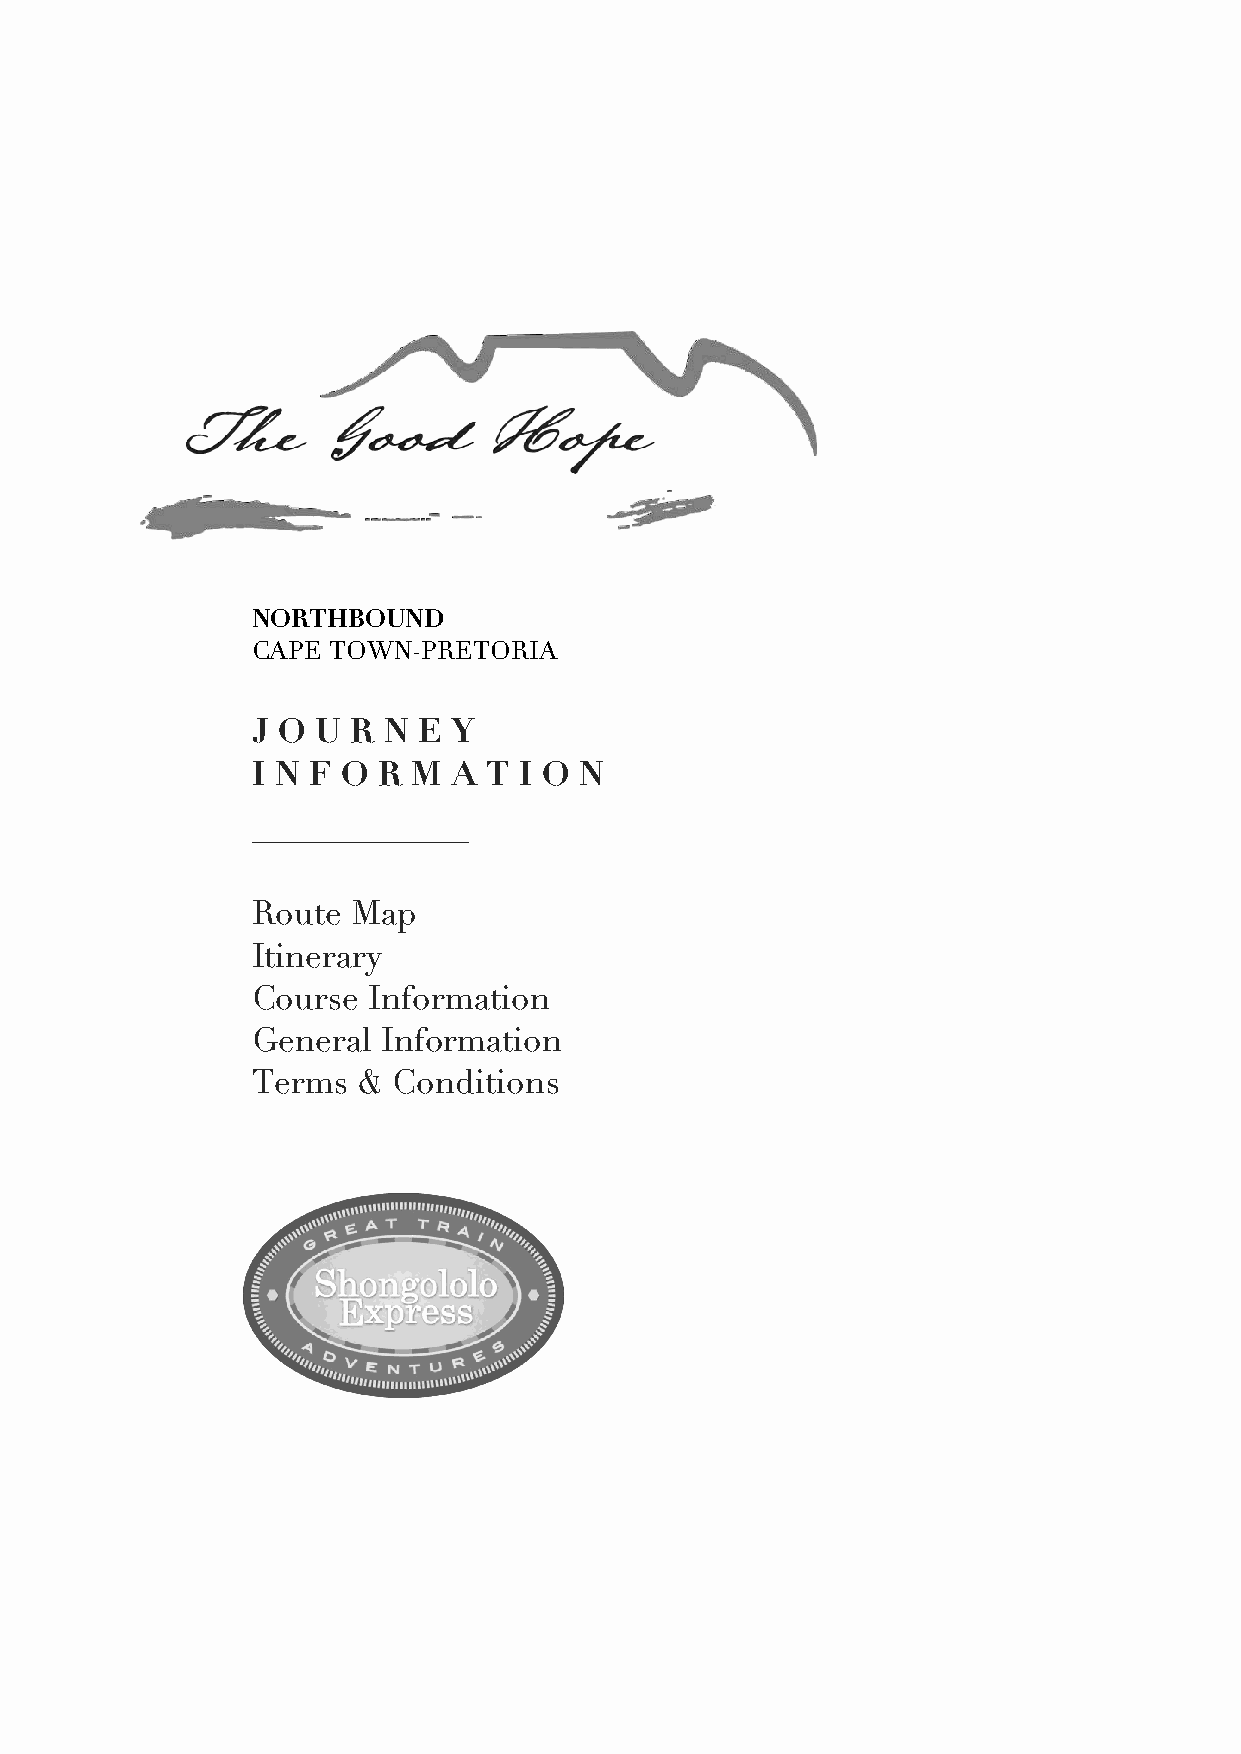
NORTHBOUND
 CAPE TOWN-PRETORIA
 J O U R N  E Y
 I N F O R M  A T I O N
 _____________
 Route Map
 Itinerary
 Course Information
 General Information
 Terms  & Conditions